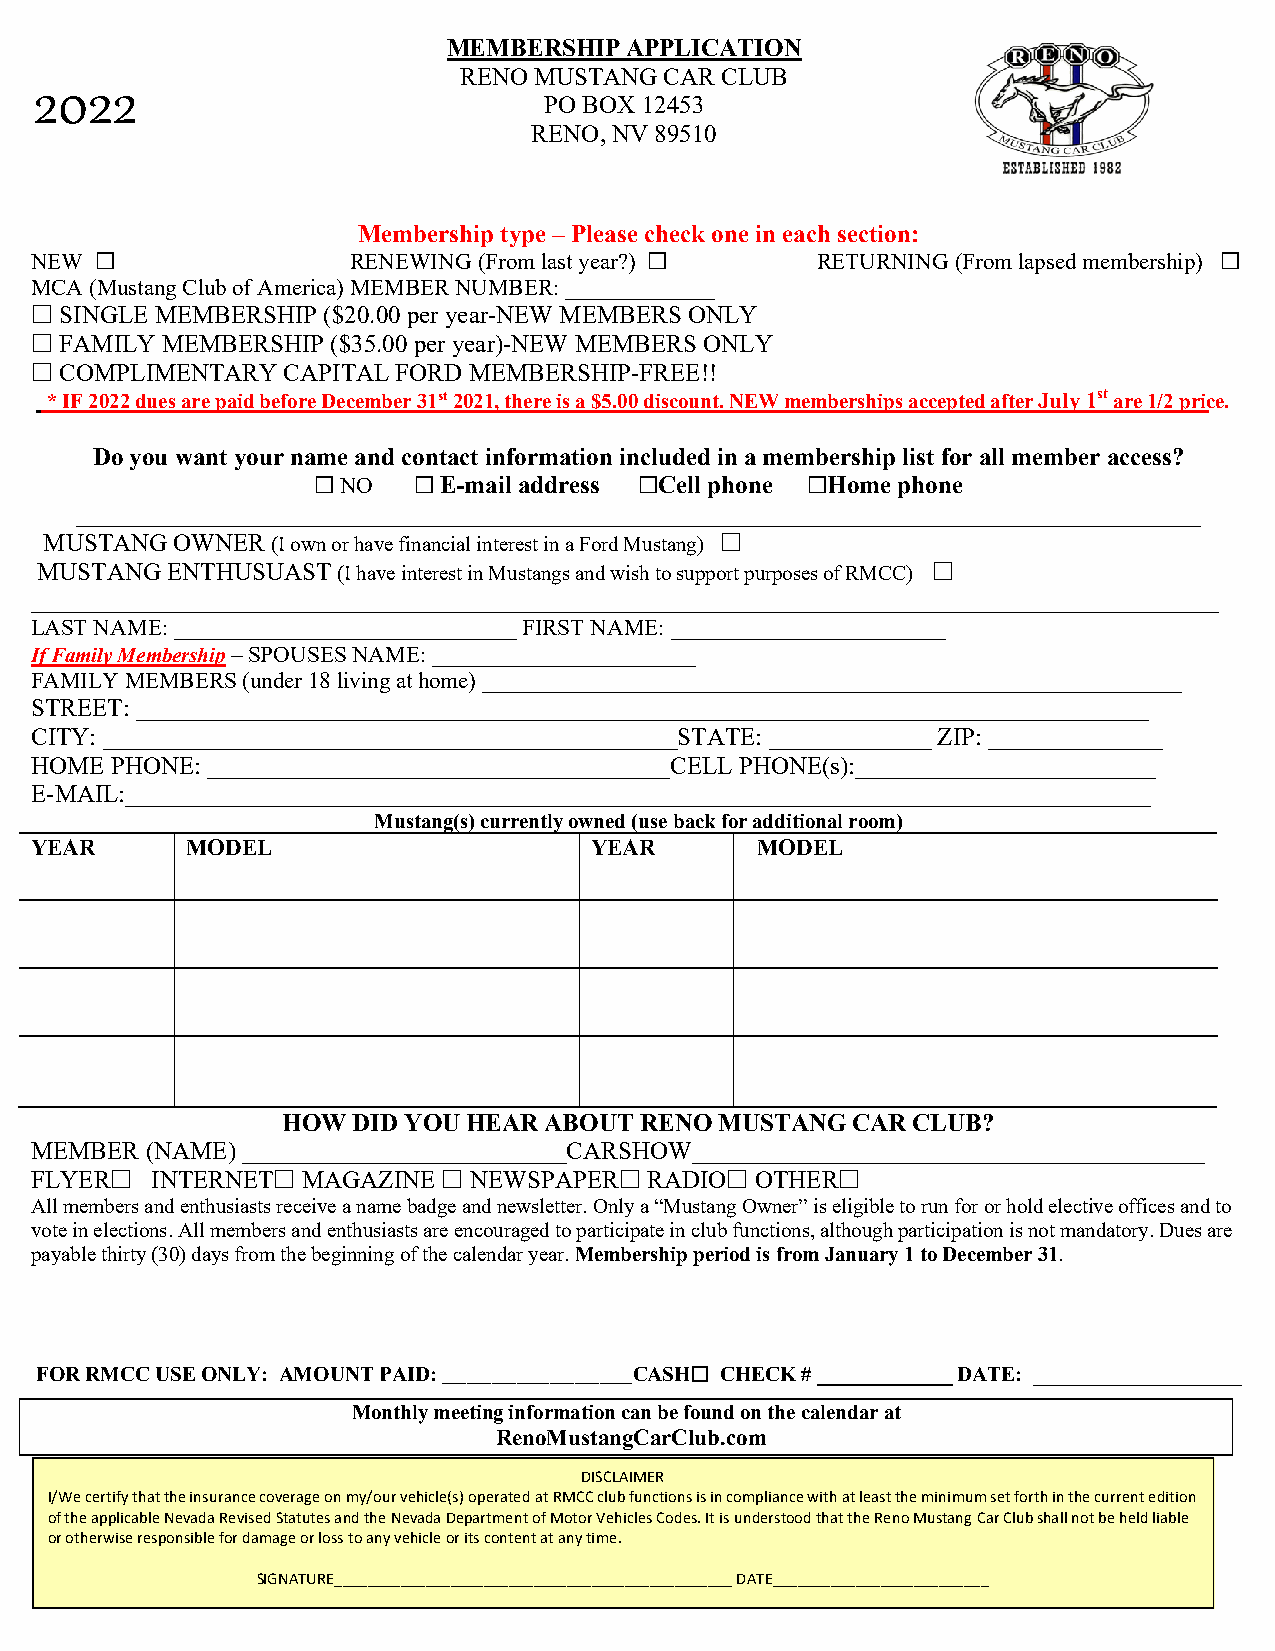
MEMBERSHIP APPLICATION
 RENO MUSTANG  CAR CLUB
 202
 2                            PO BOX 12453
 RENO, NV 89510
 Membership type – Please check one in each section:
 NEW £                RENEWING (From last year?) £   RETURNING (From lapsed membership) £
 MCA (Mustang Club of America) MEMBER NUMBER: _____________
 £ SINGLE MEMBERSHIP ($20.00 per year-NEW MEMBERS ONLY
 £ FAMILY MEMBERSHIP ($35.00 per year)-NEW MEMBERS ONLY
 £ COMPLIMENTARY  CAPITAL FORD MEMBERSHIP-FREE!!
 *IF 2022 dues are paid before December 31st 2021, there is a $5.00 discount. NEW memberships accepted after July 1st are 1/2 price.
 Do you want your name and contact information included in a membership list for all member access?
 £ NO  £ E-mail address £Cell phone £Home phone
 __________________________________________________________________________________________
 MUSTANG OWNER  (I own or have financial interest in a Ford Mustang) £
 MUSTANG  ENTHUSUAST (I have interest in Mustangs and wish to support purposes of RMCC) £
 _______________________________________________________________________________________________
 LAST NAME: ______________________________ FIRST NAME: ________________________
 If Family Membership – SPOUSES NAME: _______________________
 FAMILY MEMBERS (under 18 living at home) _____________________________________________________________
 STREET: _________________________________________________________________________________
 CITY: ______________________________________________STATE: _____________ ZIP: ______________
 HOME PHONE: _____________________________________CELL PHONE(s):________________________
 E-MAIL:__________________________________________________________________________________
 Mustang(s) currently owned (use back for additional room)
 YEAR      MODEL                      YEAR       MODEL
 HOW DID YOU HEAR ABOUT RENO  MUSTANG CAR CLUB?
 MEMBER  (NAME) __________________________CARSHOW_________________________________________
 FLYER£  INTERNET£ MAGAZINE £ NEWSPAPER£  RADIO£ OTHER£
 All members and enthusiasts receive a name badge and newsletter. Only a “Mustang Owner” is eligible to run for or hold elective offices and to
 vote in elections. All members and enthusiasts are encouraged to participate in club functions, although participation is not mandatory. Dues are
 payable thirty (30) days from the beginning of the calendar year. Membership period is from January 1 to December 31.
 FOR RMCC USE ONLY: AMOUNT PAID: _______________________CASH£ CHECK # _____________ DATE: ____________________
 Monthly meeting information can be found on the calendar at
 RenoMustangCarClub.com
 DISCLAIMER
 I/We certify that the insurance coverage on my/our vehicle(s) operated at RMCC club functions is in compliance with at least the minimum set forth in the current edition
 of the applicable Nevada Revised Statutes and the Nevada Department of Motor Vehicles Codes. It is understood that the Reno Mustang Car Club shall not be held liable
 or otherwise responsible for damage or loss to any vehicle or its content at any time.
 SIGNATURE________________________________________________ DATE__________________________